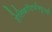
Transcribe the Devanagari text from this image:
हेलिकॉप्टर्समधूनही